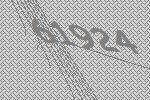
61924